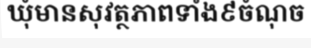
ឃុំមានសុវត្ថភាពទាំង៩ចំណុច